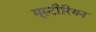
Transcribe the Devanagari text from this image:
मूस्टीरियन